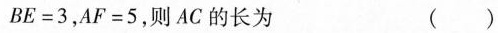
$$B E = 3$$，$$A F = 5$$，则AC的长为 ( )